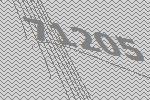
71205